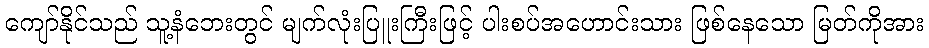
ကျော်နိုင်သည် သူ့နံဘေးတွင် မျက်လုံးပြူးကြီးဖြင့် ပါးစပ်အဟောင်းသား ဖြစ်နေသော မြတ်ကိုအား